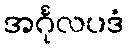
အင်္ဂုလပဒံ